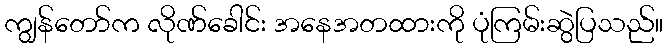
ကျွန်တော်က လိုဏ်ခေါင်း အနေအတထားကို ပုံကြမ်းဆွဲပြသည်။